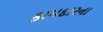
કામદારના